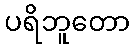
ပရိဘူတော